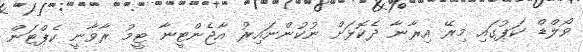
ވޯލްޑް ކަޕުގައި މިރޭ އިރާނާ ދެކޮޅަށް ނުކުންނައިރު އާޖެންޓީނާ ޓީމު ރާވާނީ ކެޕްޓަން